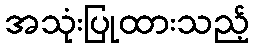
အသုံးပြုထားသည့်